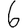
Digit: 6